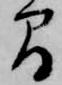
間